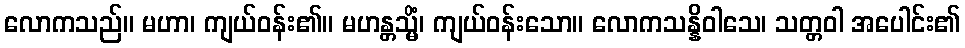
လောကသည်။ မဟာ၊ ကျယ်ဝန်း၏။ မဟန္တသ္မိံ၊ ကျယ်ဝန်းသော။ လောကသန္နိဝါသေ၊ သတ္တဝါ အပေါင်း၏